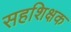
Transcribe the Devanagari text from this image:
सहशिक्षक